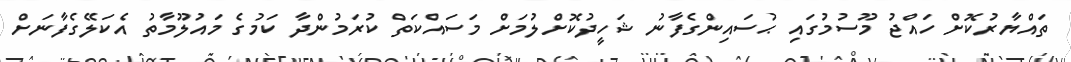
ތައްޔާރުކޮށް ހައްޖު މޫސުމުގައި ޙުސައިންގެފާނު ޝަހީދުކޮށްލުމަށް މަސައްކަތް ކުރަމުންދާ ކަމުގެ މައުލޫމާތު އެކަލޭގެފާނަށް